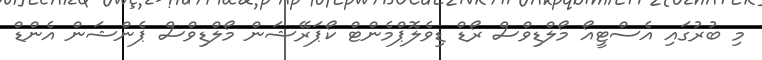
މި ބުރުގައި އެސްޓީއޯ މޯލްޑިވްސް ރޯޑް ޑިވެލޮޕްމެންޓް ކޯޕަރޭޝަން މޯލްޑިވްސް ޕެންޝަން އެންޑް